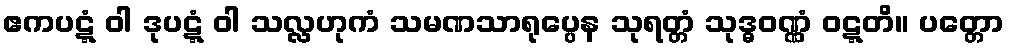
ဧကပဋ္ဋံ ဝါ ဒုပဋ္ဋံ ဝါ သလ္လဟုကံ သမဏသာရုပ္ပေန သုရတ္တံ သုဒ္ဓဝဏ္ဏံ ဝဋ္ဋတိ။ ပတ္တော